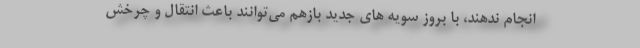
انجام ندهند، با بروز سویه های جدید بازهم می‌توانند باعث انتقال و چرخش